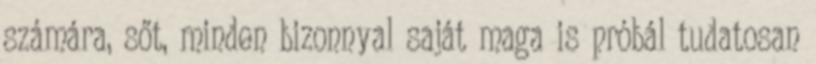
számára, sőt, minden bizonnyal saját maga is próbál tudatosan